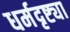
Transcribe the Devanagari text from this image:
धर्मदृष्ट्या